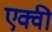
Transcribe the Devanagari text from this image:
एक्वी